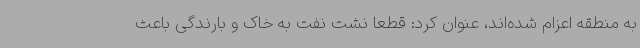
به منطقه اعزام شده‌اند، عنوان کرد: قطعا نشت نفت به خاک و بارندگی باعث